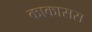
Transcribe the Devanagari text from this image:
काकासस